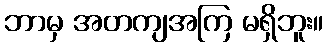
ဘာမှ အတကျအကြ မရှိဘူး။